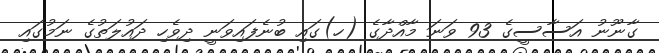
ގާނޫނު އަސާސީގެ 93 ވަނަ މާއްދާގެ (ހ)ގައި ބުނެފައިވަނީ ދިވެހި ދައުލަތުގެ ނަމުގައި